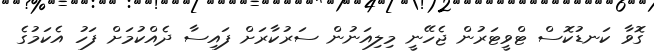
ގޮވާ ކަނޑުކޮސް ޓްވީޓަރުން ޖެހޭނީ މިލިއަނުން ސަރުކާރަށް ފައިސާ ދެއްކުމަށް ފަހު އެކަމުގެ